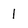
Character: l